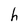
Character: h